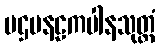
ပဌမနဠကပါနသုတ္တံ